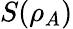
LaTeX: S(\rho_{A})